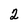
Character: 2